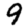
Digit: 9